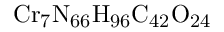
\mathrm { C r _ { 7 } N _ { 6 6 } H _ { 9 6 } C _ { 4 2 } O _ { 2 4 } }